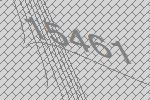
15461